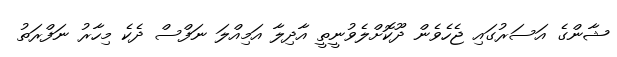
ޝާންގެ އަސަރުގައި ޖެހެވެން ދޫކޮށްލެވުނީތީ އާދިލާ އަމިއްލަ ނަފްސް ދެކެ މިހާރު ނަފްރަތު